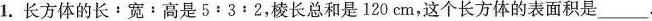
1.长方体的长﹔宽：高是5:3﹔2，棱长总和是120cm，这个长方体的表面积是_____。